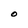
Character: O